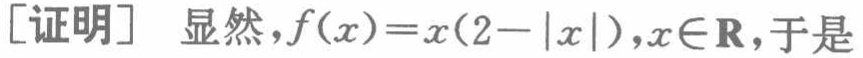
[证明] 显然，\(f(x)=x(2 - |x|),x\in\mathbf{R}\)，于是